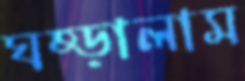
ঘষ্‌ড়ালাম